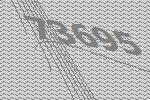
73695